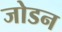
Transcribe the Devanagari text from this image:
जोडन